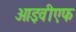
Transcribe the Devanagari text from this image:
आइवीएफ